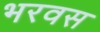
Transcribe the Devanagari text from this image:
भरवस